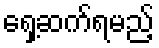
ရှေ့ဆက်ရမည့်